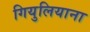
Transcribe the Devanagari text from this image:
गियुलियाना